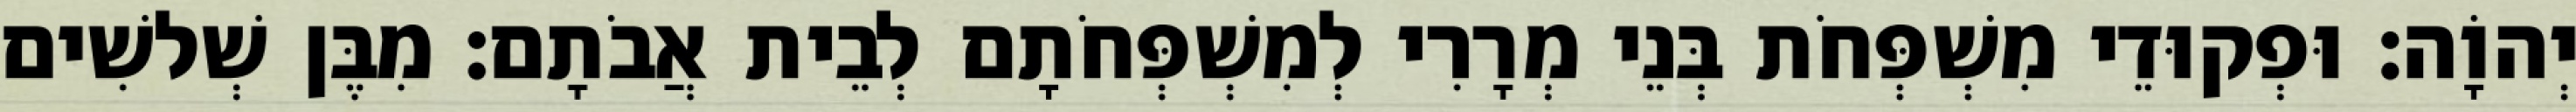
יְהוָֹה׃ וּפְקוּדֵי מִשְׁפְּחֹת בְּנֵי מְרָרִי לְמִשְׁפְּחֹתָם לְבֵית אֲבֹתָם׃ מִבֶּן שְׁלשִׁים